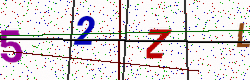
Text: 52ZL